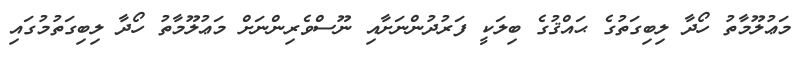
މަޢުލޫމާތު ހޯދާ ލިބިގަތުގެ ޙައްޤުގެ ބިލަކީ ފަރުދުންނަށާއި ނޫސްވެރިންނަށް މަޢުލޫމާތު ހޯދާ ލިބިގަތުމުގައި